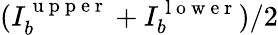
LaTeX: (I_{b}^{\mathrm{~u~p~p~e~r~}}+I_{b}^{\mathrm{~l~o~w~e~r~}})/2